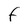
Character: f